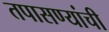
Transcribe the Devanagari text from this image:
तपासण्यांची